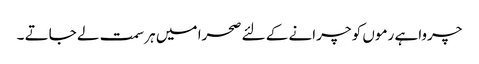
چرواہے رموں کو چرانے کے لئے صحرا میں ہر سمت لے جاتے ۔